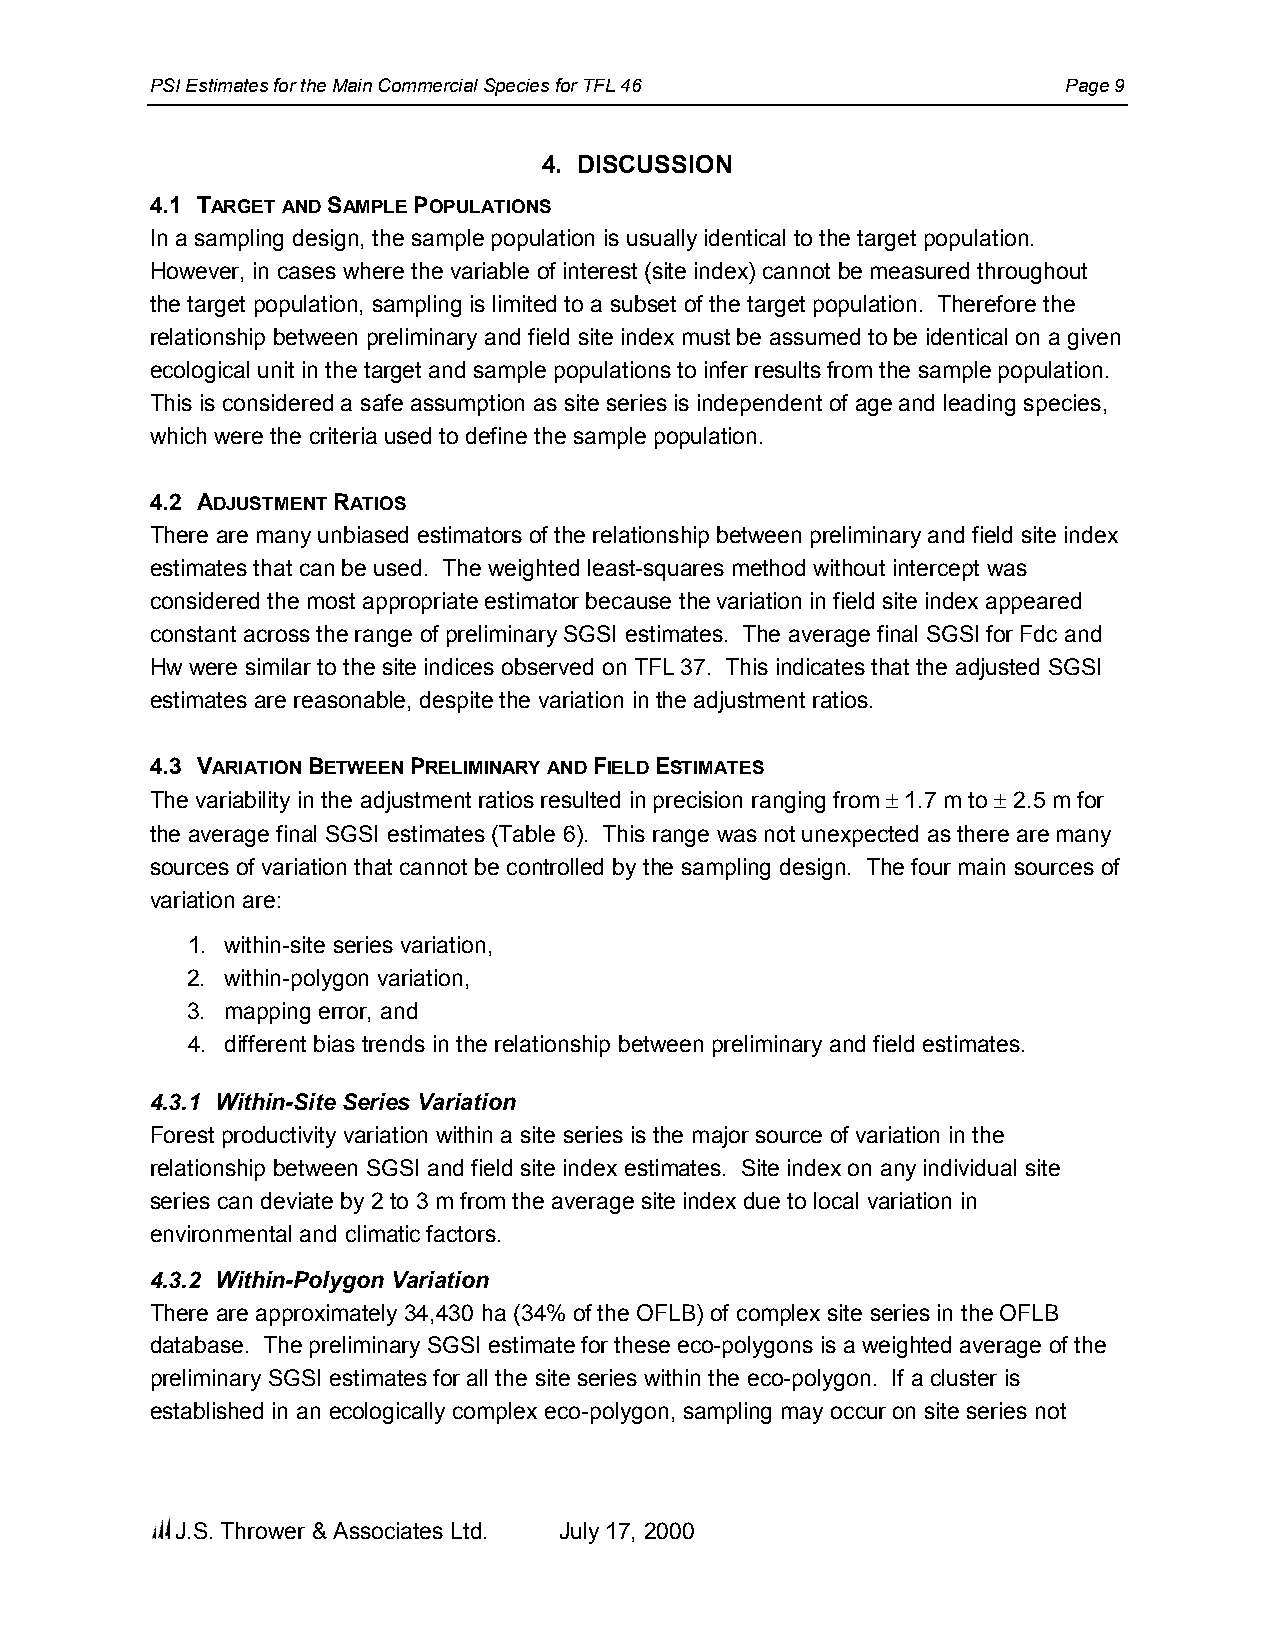
PSI Estimates for the Main Commercial Species for TFL 46     Page 9
 4. DISCUSSION
 4.1 TARGET AND SAMPLE POPULATIONS
 In a sampling design, the sample population is usually identical to the target population.
 However, in cases where the variable of interest (site index) cannot be measured throughout
 the target population, sampling is limited to a subset of the target population. Therefore the
 relationship between preliminary and field site index must be assumed to be identical on a given
 ecological unit in the target and sample populations to infer results from the sample population.
 This is considered a safe assumption as site series is independent of age and leading species,
 which were the criteria used to define the sample population.
 4.2 ADJUSTMENT RATIOS
 There are many unbiased estimators of the relationship between preliminary and field site index
 estimates that can be used. The weighted least-squares method without intercept was
 considered the most appropriate estimator because the variation in field site index appeared
 constant across the range of preliminary SGSI estimates. The average final SGSI for Fdc and
 Hw were similar to the site indices observed on TFL 37. This indicates that the adjusted SGSI
 estimates are reasonable, despite the variation in the adjustment ratios.
 4.3 VARIATION BETWEEN PRELIMINARY AND FIELD ESTIMATES
 The variability in the adjustment ratios resulted in precision ranging from ± 1.7 m to ± 2.5 m for
 the average final SGSI estimates (Table 6). This range was not unexpected as there are many
 sources of variation that cannot be controlled by the sampling design. The four main sources of
 variation are:
 1. within-site series variation,
 2. within-polygon variation,
 3. mapping error, and
 4. different bias trends in the relationship between preliminary and field estimates.
 4.3.1 Within-Site Series Variation
 Forest productivity variation within a site series is the major source of variation in the
 relationship between SGSI and field site index estimates. Site index on any individual site
 series can deviate by 2 to 3 m from the average site index due to local variation in
 environmental and climatic factors.
 4.3.2 Within-Polygon Variation
 There are approximately 34,430 ha (34% of the OFLB) of complex site series in the OFLB
 database. The preliminary SGSI estimate for these eco-polygons is a weighted average of the
 preliminary SGSI estimates for all the site series within the eco-polygon. If a cluster is
 established in an ecologically complex eco-polygon, sampling may occur on site series not
 J.S. Thrower & Associates Ltd. July 17, 2000